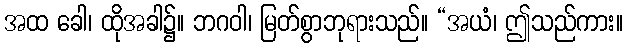
အထ ခေါ၊ ထိုအခါ၌။ ဘဂဝါ၊ မြတ်စွာဘုရားသည်။ “အယံ၊ ဤသည်ကား။